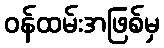
ဝန်ထမ်းအဖြစ်မှ